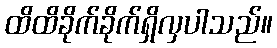
ထိထိခိုက်ခိုက်ရှိလှပါသည်။